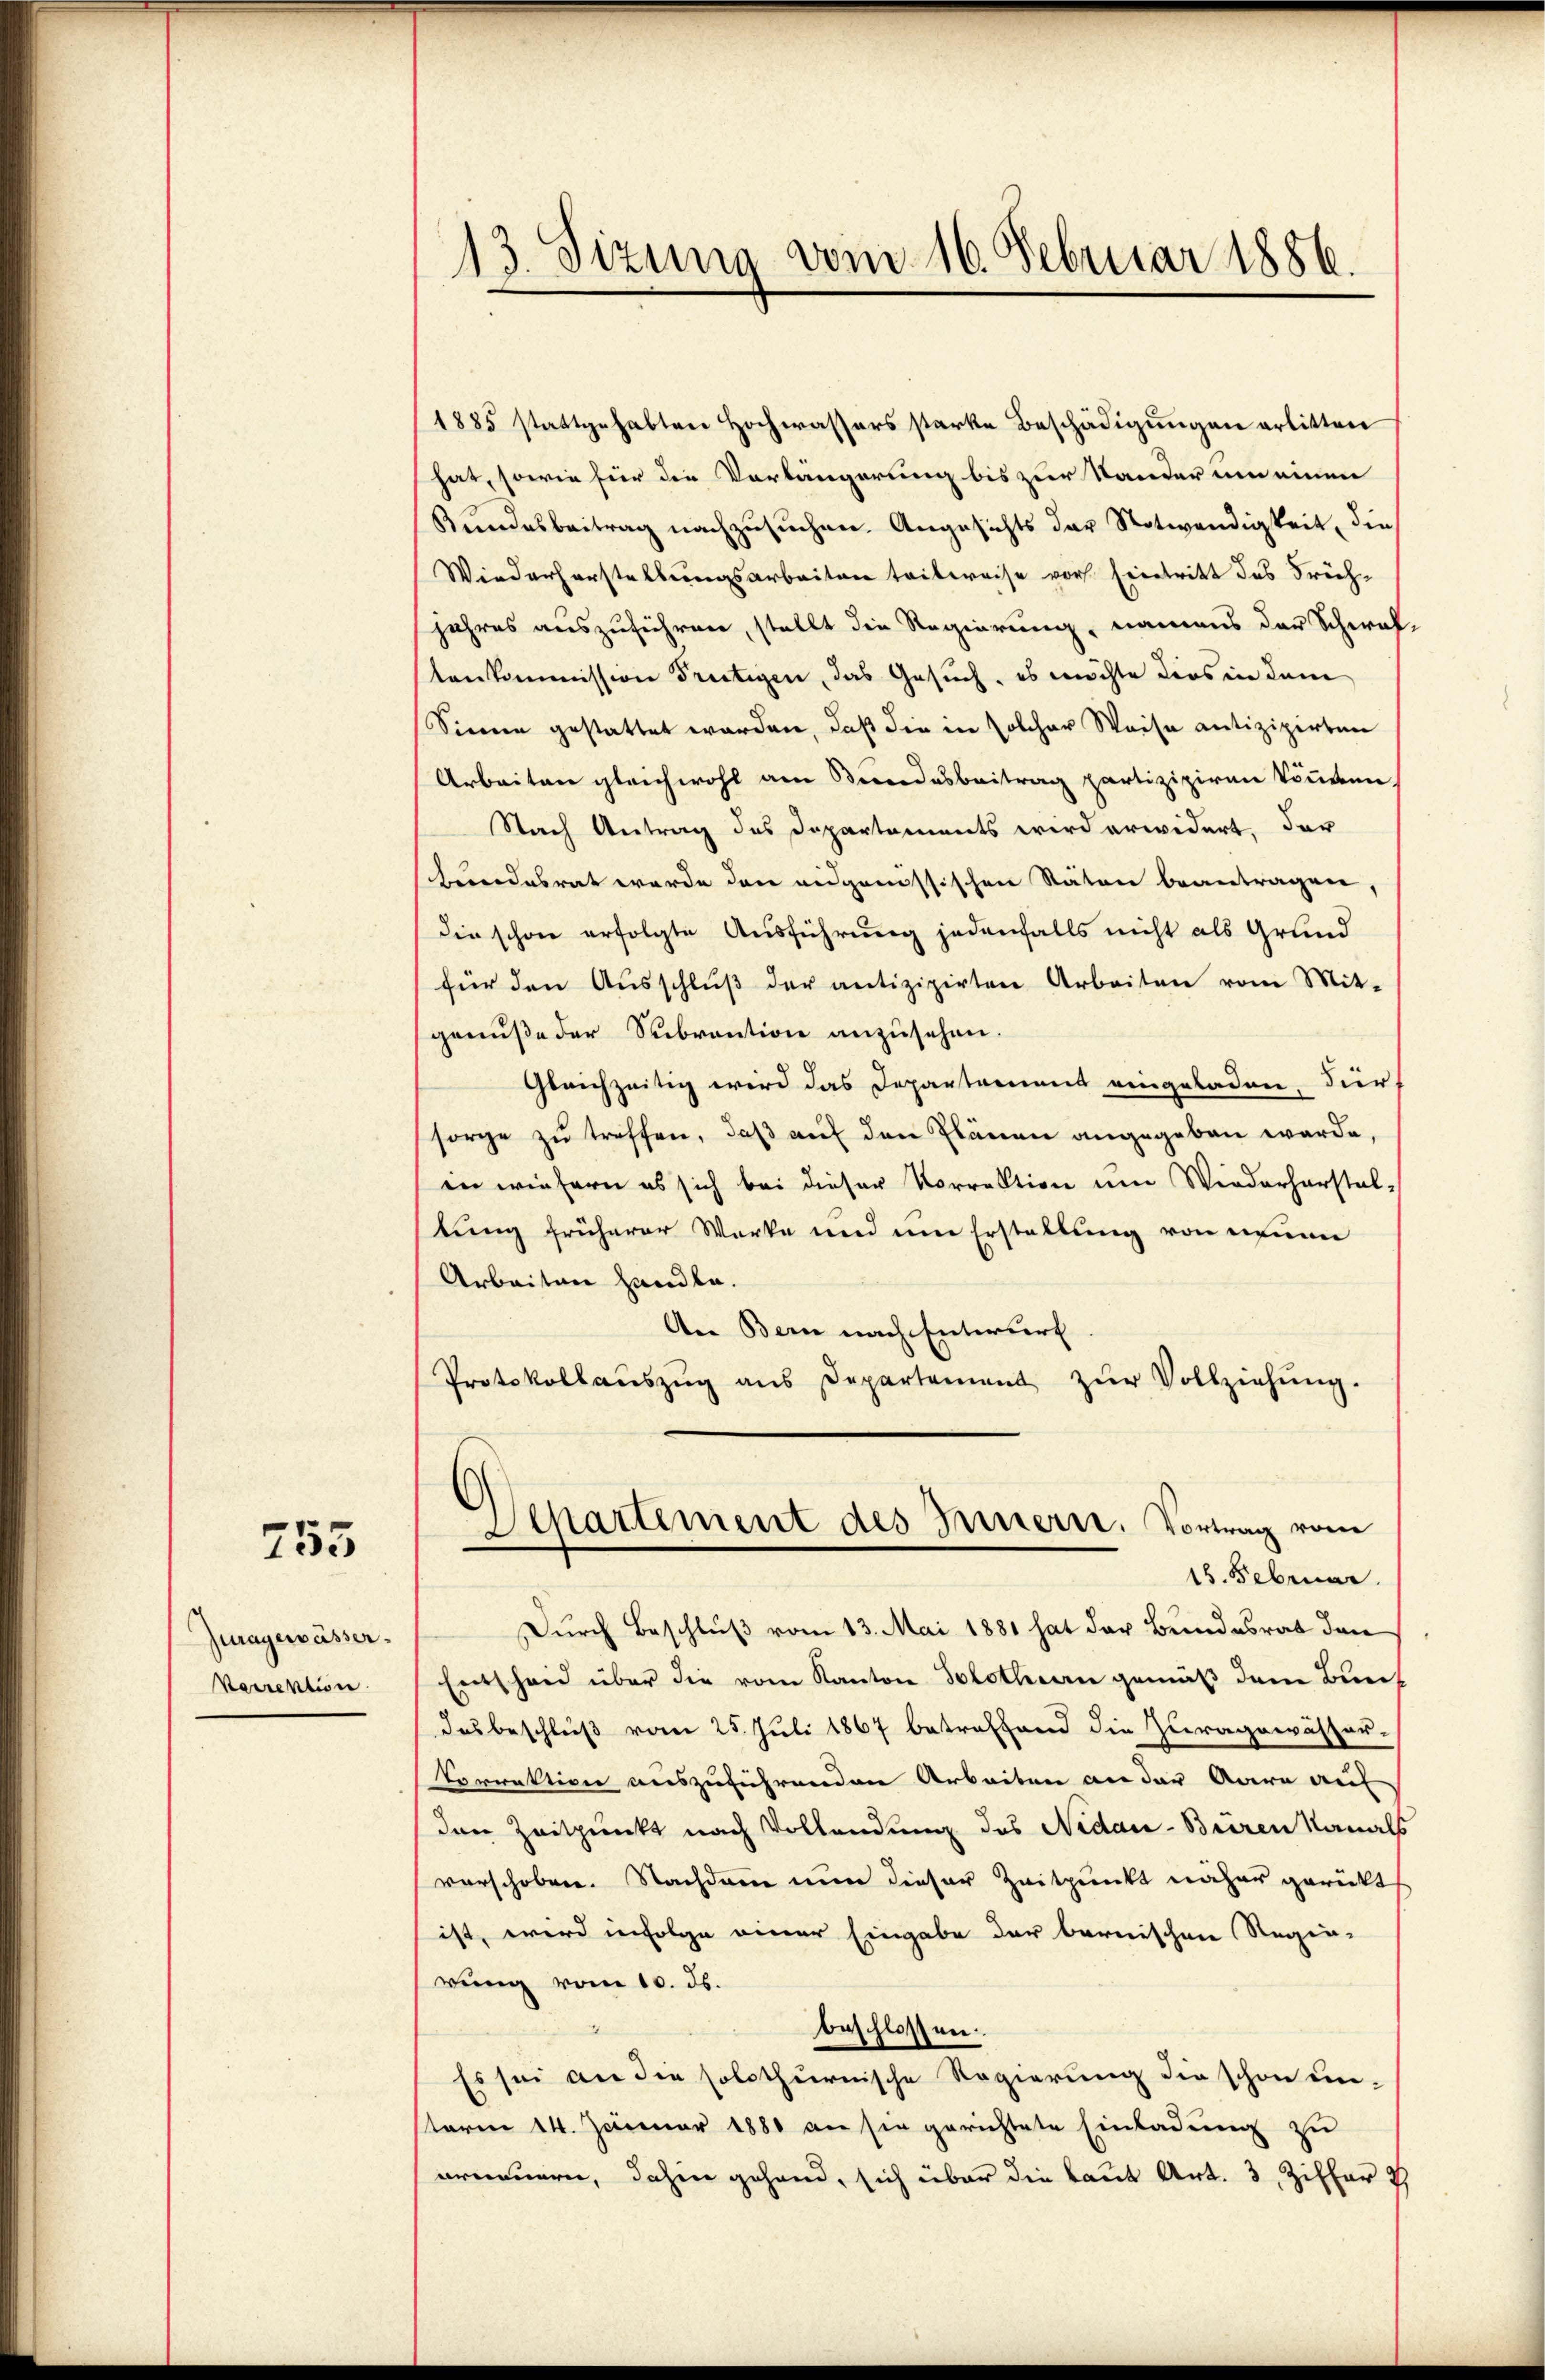
755

Juragewässer.
Vorrektion

13. Sizung vom 16. Februar 1886.

1885 stattgehabten Hochwassers starke Beschädigŭngen erlitten
hat, sowie für die Vorlängerung bis zur Stander um einen
Bundesbeitrag nachzusuchen. Angesichts der Notwendigkeit, die
Wiederherstellungsarbeiten teilweise vor. Eintritt des Früchjahres auszuführen, stellt die Regierung, namens der Schwal-
tenkommission Freitigen, das Gesuch, es möchte dies in dem
Sienen gestattet worden, daß die in solcher Weise antizipirten
Arbeiten gleichwohl am Bundesbeitrag partizipiren können,
Nach Antrag des Departaments wird erwidert, der
hundesrat werde den eidgenössischen Stäten beantragen,
die schon erfolgte Ausführung jedenfalls nicht als Grund
für den Aŭsschlŭβ der antizipirten Arbeiten vom Mit-
genuße der Subvention anzusehen.
Gleichzeitig wird das Departement eingeladen, dier
sorge zu treffen, daß auf den Plänen angegeben werde,
en wiefern es sich bei dieser Vorrektion um Wiederherstal,
tung früherer Werke und um Erstellung von neuen
Arbeiten handle.
An Bern nach Entwurf
Protokollaŭszŭg ans Departement zŭr Vollziehŭng.
6
Separtement des Innern. Vortrag vom
15. Februar.
Durch Beschluß vom 13. Mai 1881 hat der Bundesrat den
Entscheid über die vom Kanton Solothen gemäß dem Bundas beschluß vom 25. Juli 1867 betreffend die Zuragewässer-
Vorrektion auszuführenden Arbeiten an der Aare auf
den Zeitpunkt nach Vollendung des Nidau - Beeren Kanals
verschoben. Nachdem nun dieser Zeitpunkt näher gerückt
ist, wird infolge einer Eingabe der bernischen Regie-
rung vom 10. ds.
beschlossen.
Es sei an die solothurnische Regierung die schon un-
sterm 14. Januar 1880 an sie gerichtete Einladung zu
erneuern, dahin gehand, sich über die laut Art. 3, Ziffer 7